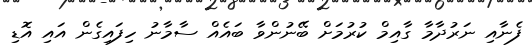
ފެނާއި ނަރުދާމާ ގާއިމް ކުރުމަށް ބޭނުންވާ ބައެއް ސާމާނު ހިފައިގެން އައި އޮޑި